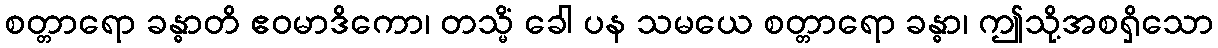
စတ္တာရော ခန္ဓာတိ ဧဝမာဒိကော၊ တသ္မိံ ခေါ ပန သမယေ စတ္တာရော ခန္ဓာ၊ ဤသို့အစရှိသော